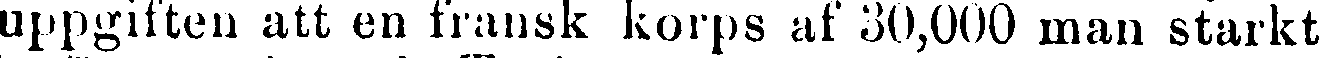
uppgiften att en fransk korps af 30,000 man starkt